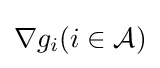
\nabla g_{i}(i\in {\mathcal {A}})